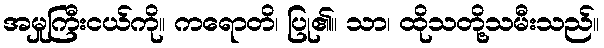
အမှုကြီးငယ်ကို။ ကရောတိ၊ ပြု၏။ သာ၊ ထိုသတို့သမီးသည်။